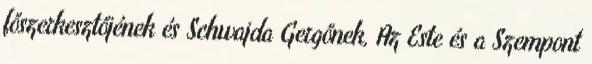
főszerkesztőjének és Schwajda Gergőnek, Az Este és a Szempont